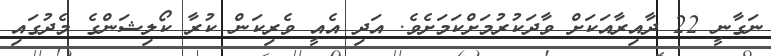
ނަގާނީ 22 ދާއިރާއަކަށް ވާދަކުރުމަށްކަމަށެވެ. އަދި އެއީ ވެރިކަން ކުރާ ކޯލިޝަންގެ މެދުގައި